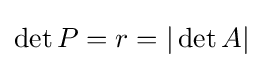
\det P=r=|\det A|